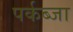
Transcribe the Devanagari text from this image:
पर्कब्जा